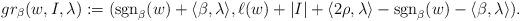
LaTeX: \begin{align*} &\, gr_\beta(w, I, \lambda):=(\mbox{sgn}_\beta(w)+\langle \beta, \lambda\rangle, \ell(w)+|I|+\langle 2\rho, \lambda\rangle-\mbox{sgn}_\beta(w)-\langle \beta, \lambda\rangle). \end{align*}